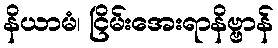
နိယာမံ၊ ငြိမ်းအေးရာနိဗ္ဗာန်